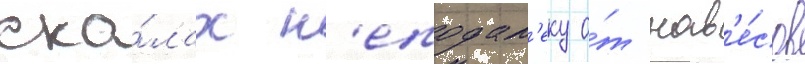
ска́лах н'еподал'еку о́т нав'е́сов